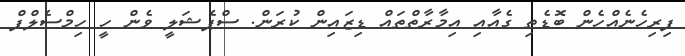
ފިރިހެނެއްހެން ބޮޑެތި ގެއާއި އިމާރާތްތައް ޑިޒައިން ކުރަން. ސްޕެޝަލީ ވެން ހީ ހިމްސެލްފް